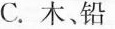
C.木、铅